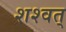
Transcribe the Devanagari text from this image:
शश्वत्